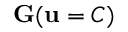
\mathbf { G } ( \mathbf { u } = C )